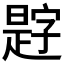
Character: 𪰿